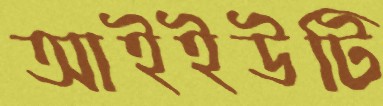
আইইউটি